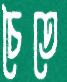
চৈতে